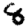
Digit: 8